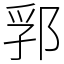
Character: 郛